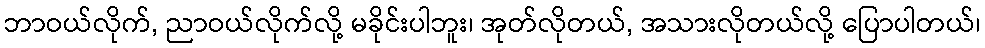
ဘာဝယ်လိုက်, ညာဝယ်လိုက်လို့ မခိုင်းပါဘူး၊ အုတ်လိုတယ်, အသားလိုတယ်လို့ ပြောပါတယ်၊